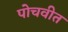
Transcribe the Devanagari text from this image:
पोचवीत